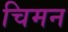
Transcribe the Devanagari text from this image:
चिमन